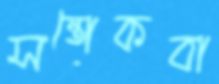
সন্তোকবা